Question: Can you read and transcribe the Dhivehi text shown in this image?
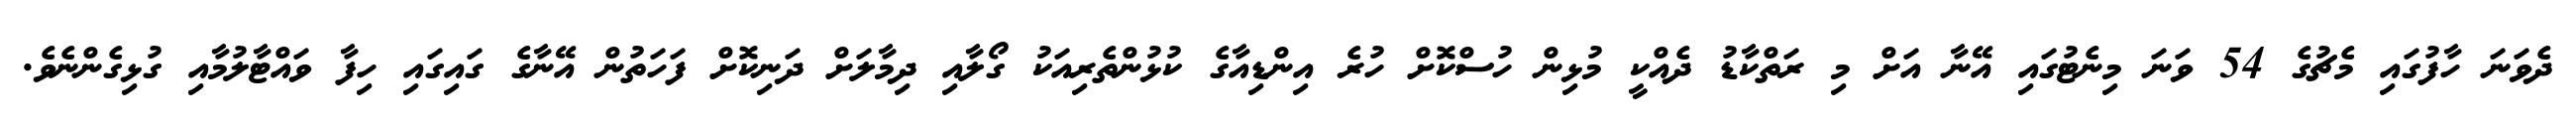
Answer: ދެވަނަ ހާފުގައި މެޗުގެ 54 ވަނަ މިނެޓުގައި އޭނާ އަށް މި ރަތްކާޑު ދެއްކީ މުޅިން ހުސްކޮށް ހުރެ އިންޑިއާގެ ކުޅުންތެރިއަކު ގޯލާއި ދިމާލަށް ދަނިކޮށް ފަހަތުން އޭނާގެ ގައިގައި ހިފާ ވައްޓާލުމާއި ގުޅިގެންނެވެ.